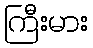
ကြီးမား